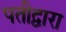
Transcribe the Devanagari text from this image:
पतीद्वारा